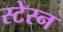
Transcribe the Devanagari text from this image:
स्टेस्न